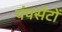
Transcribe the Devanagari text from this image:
पंपसेटों